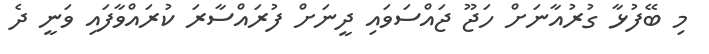
މި ބޭފުޅާ ގުރުއާނަށް ހަޖޫ ޖައްސަވައި ދީނަށް ފުރައްސާރަ ކުރައްވާފައި ވަނީ ދެ